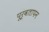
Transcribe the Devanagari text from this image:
पूर्वतापन